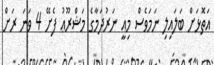
އަތޮޅަށް ބަލައިލި ނަމަވެސް މިއީ ނަރުދަމާގެ މަޝްރޫޢު ފެށޭ 4 ވަނަ ރަށް